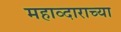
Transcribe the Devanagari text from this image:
महाव्दाराच्या